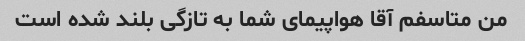
من متاسفم آقا هواپیمای شما به تازگی بلند شده است